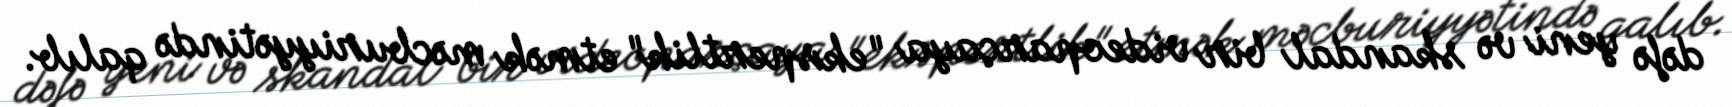
dəfə yeni və skandal bir videoparçaya "ekspertlik" etmək məcburiyyətində qalıb.